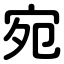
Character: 宛